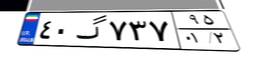
۴۰گ۷۳۷۹۵